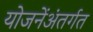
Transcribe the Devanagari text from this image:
योजनेंअंतर्गत